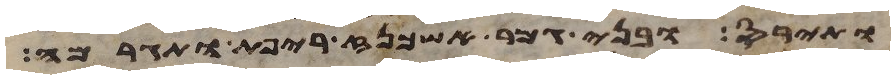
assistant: ותירס ובני גמר אשכנז ריפת ותגרמה